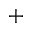
^ +